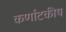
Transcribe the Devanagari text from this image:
कर्णाटकीय